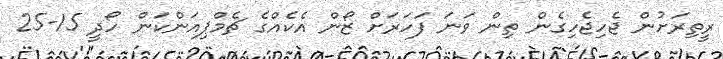
ރީތިރަށުން ޖެހިޖެހިގެން ތިން ވަނަ ފަހަރަށް ޒޯން އެކެއްގެ ޗެމްޕިއަންކަން ހޯދީ 15-25